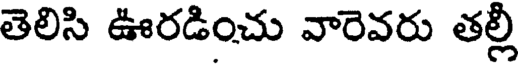
తెలిసి ఊరడించు వారెవరు తల్లీ